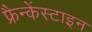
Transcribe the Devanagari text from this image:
फ्रैन्केंस्टाइन